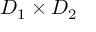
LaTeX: D _ { 1 } \times D _ { 2 }